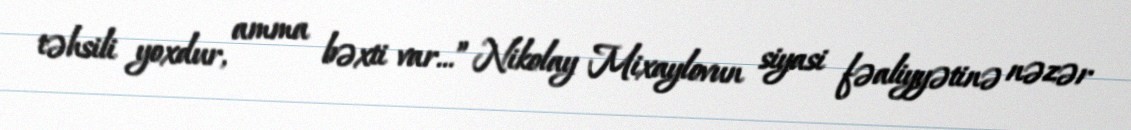
təhsili yoxdur, amma bəxti var...” Nikolay Mixaylovun siyasi fəaliyyətinə nəzər